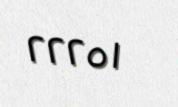
٢٢٢٥١